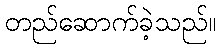
တည်ဆောက်ခဲ့သည်။